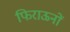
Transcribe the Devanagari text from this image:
फिराऊनों